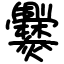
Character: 爨